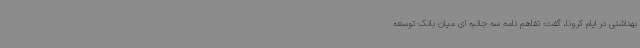
بهداشتی در ایام کرونا، گفت: تفاهم نامه سه جانبه ای میان بانک توسعه